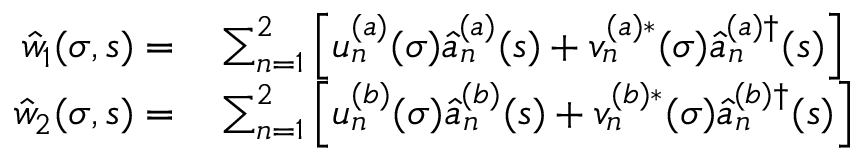
\begin{array} { r l } { { \hat { w } } _ { 1 } ( \sigma , s ) = } & { { } \sum _ { n = 1 } ^ { 2 } \left[ u _ { n } ^ { ( a ) } ( \sigma ) \hat { a } _ { n } ^ { ( a ) } ( s ) + v _ { n } ^ { ( a ) \ast } ( \sigma ) \hat { a } _ { n } ^ { ( a ) \dagger } ( s ) \right] } \\ { { \hat { w } } _ { 2 } ( \sigma , s ) = } & { { } \sum _ { n = 1 } ^ { 2 } \left[ u _ { n } ^ { ( b ) } ( \sigma ) \hat { a } _ { n } ^ { ( b ) } ( s ) + v _ { n } ^ { ( b ) \ast } ( \sigma ) \hat { a } _ { n } ^ { ( b ) \dagger } ( s ) \right] } \end{array}